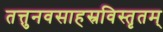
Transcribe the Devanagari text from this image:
तत्तुनवसाहस्रविस्तृतम्